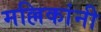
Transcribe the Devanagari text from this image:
मल्लिकांनी